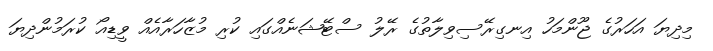
މިދިޔަ އަހަރުގެ ޖޫންމަހު އިނގިރޭސިވިލާތުގެ ރޭލު ސްޓޭޝަނެއްގައި ކުރި މުޒާހަރާއެއް ވީޑިއޯ ކުރަމުންދިޔަ